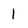
Character: 1